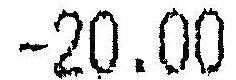
-20.00